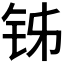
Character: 𬬳